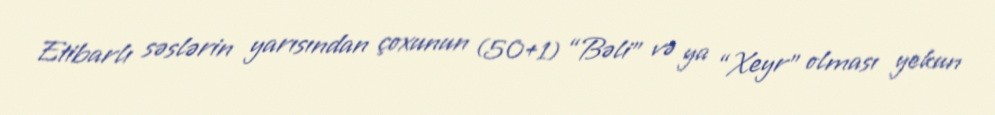
Etibarlı səslərin yarısından çoxunun (50+1) “Bəli” və ya “Xeyr” olması yekun